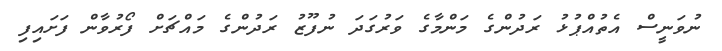
ނުވަނީސް އެތުއްޕުޅު ރަދުންގެ މަންމާގެ ވަރުގަދަ ނުފޫޒު ރަދުންގެ މައްޗަށް ފޯރުވާން ފަށައިފި